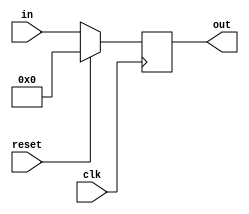
`timescale 1ns / 1ps
//////////////////////////////////////////////////////////////////////////////////
// Company: 
// Engineer: 
// 
// Design Name: 
// Module Name: flipflop
// Project Name: 
// Target Devices: 
// Tool Versions: 
// Description: 
// 
// Dependencies: 
// 
// Revision:
// Revision 0.01 - File Created
// Additional Comments:
// 
//////////////////////////////////////////////////////////////////////////////////


//
module flipflop(clk,reset,in,out);

parameter WIDTH=5;//
input clk;//
input reset;
input [WIDTH-1:0] in;
reg [WIDTH-1:0] out_reg;//
output wire [WIDTH-1:0] out;

always@(posedge clk)
    if(reset)
        out_reg<={WIDTH{1'b0}};
    else 
        out_reg<=in;

assign out = out_reg;

endmodule